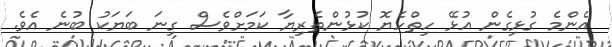
އެންމެ ގުޅިގެން އުޅޭ ހިތްހެޔޮ ކުޅުންތެރިޔާ ކަމަށްވެސް ގިނަ ބަޔަކު ބުނެ އެވެ.